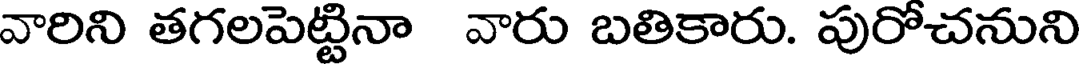
వారిని తగలపెట్టినా వారు బతికారు. పురోచనుని